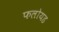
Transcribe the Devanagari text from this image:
फलोयड